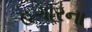
હગારના